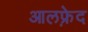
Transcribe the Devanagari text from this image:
आलफ़्रेद